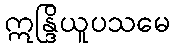
ဣန္ဒြိယူပသမေ